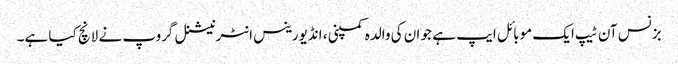
بزنس آن ٹیپ ایک موبائل ایپ ہے جو ان کی والدہ کمپنی ، انڈیورینس انٹرنیشنل گروپ نے لانچ کیا ہے۔